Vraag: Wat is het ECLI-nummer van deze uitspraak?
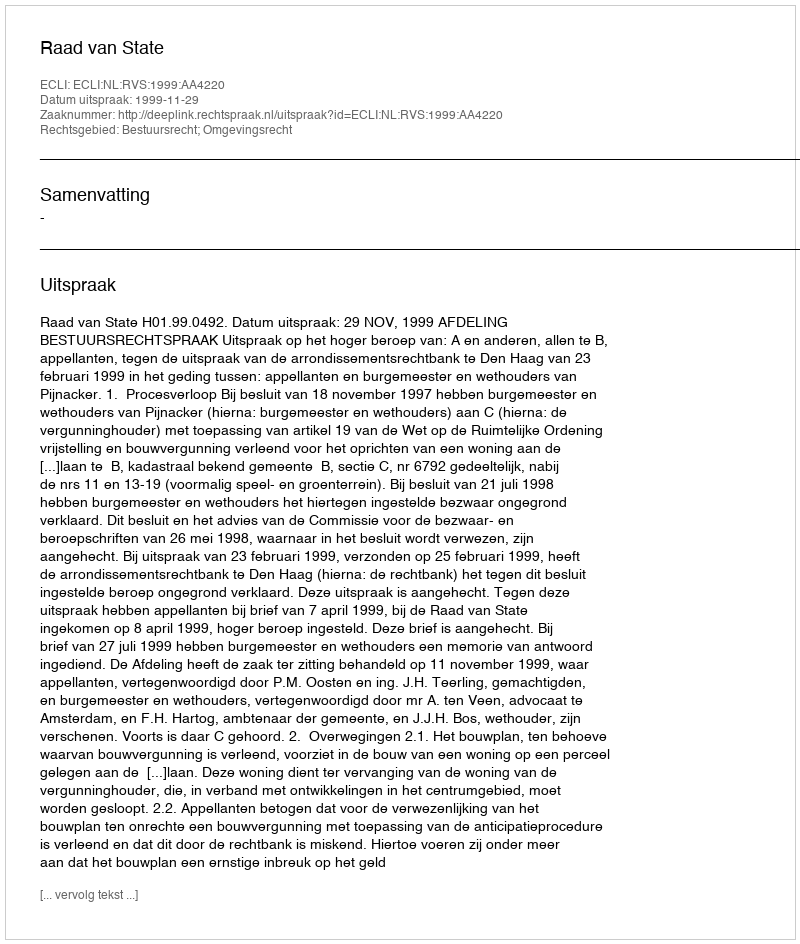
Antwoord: ECLI:NL:RVS:1999:AA4220